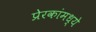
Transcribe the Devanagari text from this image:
प्रेरकांमध्ये